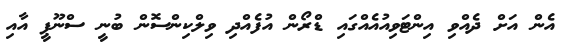
އެން އަށް ދެއްވި އިންޓަވިއުއެއްގައި ޑްރޯން އުފެއްދި ވިލްކިންސޮން ބުނީ ސްނޫޕީ އާއި